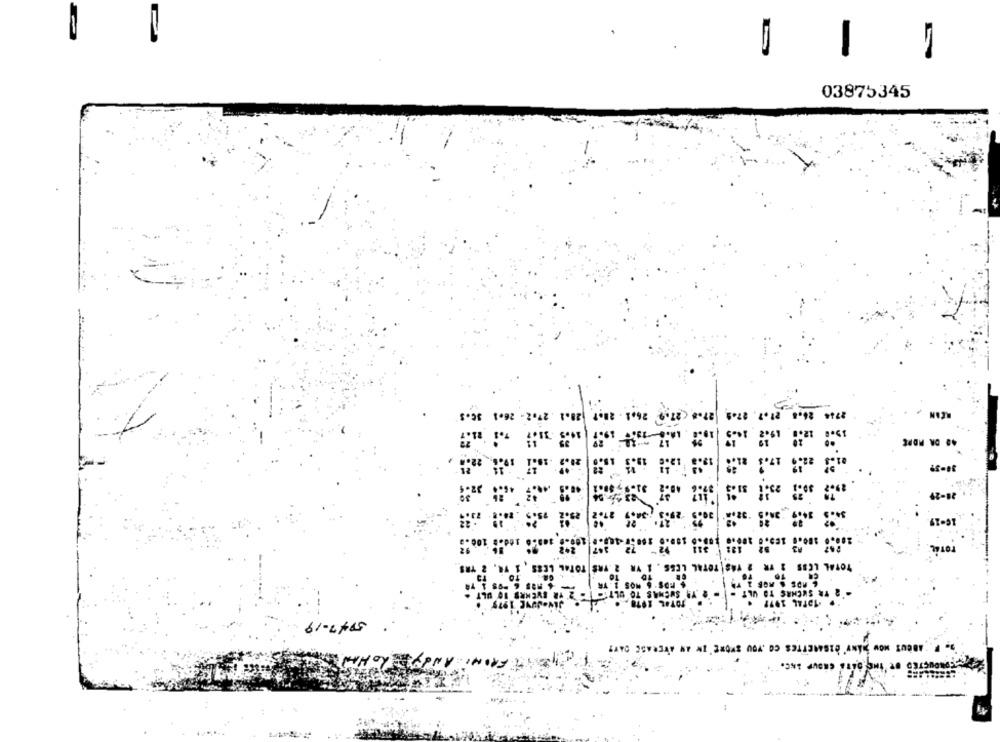
-
03875345
-
.-
41-91
rone.
TOT
TAS | TOTAL
TOTAL LESS
TR SUCHAS TO ULT
61-2+45
ABOUT HOW MANY'DISMETTES CO YOU STORE IN AN AVERAGE DATE